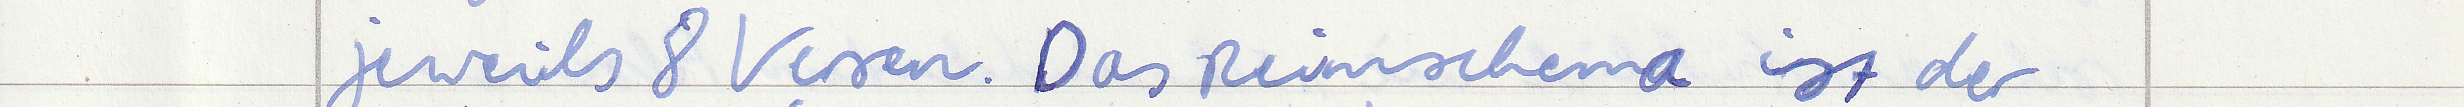
jeweils 8 Versen. Das Reimschema ist der